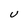
Character: U